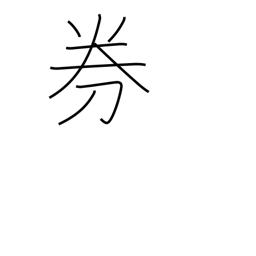
Meaning: ticket